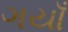
ગયાઁ